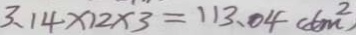
3 . 1 4 \times 1 2 \times 3 = 1 1 3 . 0 4 ( d m ^ { 2 } )